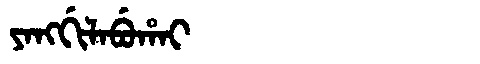
Manchu: ᠶᠠᠩᡤᡳᠯᠠᠪᡠᡥᠠᡳ
Romanization: YANGGILABUHAI